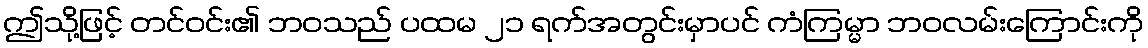
ဤသို့ဖြင့် တင်ဝင်း၏ ဘဝသည် ပထမ ၂၁ ရက်အတွင်းမှာပင် ကံကြမ္မာ ဘဝလမ်းကြောင်းကို